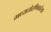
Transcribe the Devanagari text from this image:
मध्यतोरणिकारेखा